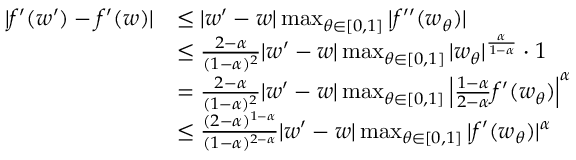
\begin{array} { r l } { | f ^ { \prime } ( w ^ { \prime } ) - f ^ { \prime } ( w ) | } & { \le | w ^ { \prime } - w | \operatorname* { m a x } _ { \theta \in [ 0 , 1 ] } | f ^ { \prime \prime } ( w _ { \theta } ) | } \\ & { \le \frac { 2 - \alpha } { ( 1 - \alpha ) ^ { 2 } } | w ^ { \prime } - w | \operatorname* { m a x } _ { \theta \in [ 0 , 1 ] } | w _ { \theta } | ^ { \frac { \alpha } { 1 - \alpha } } \cdot 1 } \\ & { = \frac { 2 - \alpha } { ( 1 - \alpha ) ^ { 2 } } | w ^ { \prime } - w | \operatorname* { m a x } _ { \theta \in [ 0 , 1 ] } \Big | \frac { 1 - \alpha } { 2 - \alpha } f ^ { \prime } ( w _ { \theta } ) \Big | ^ { \alpha } } \\ & { \le \frac { ( 2 - \alpha ) ^ { 1 - \alpha } } { ( 1 - \alpha ) ^ { 2 - \alpha } } | w ^ { \prime } - w | \operatorname* { m a x } _ { \theta \in [ 0 , 1 ] } | f ^ { \prime } ( w _ { \theta } ) | ^ { \alpha } } \end{array}